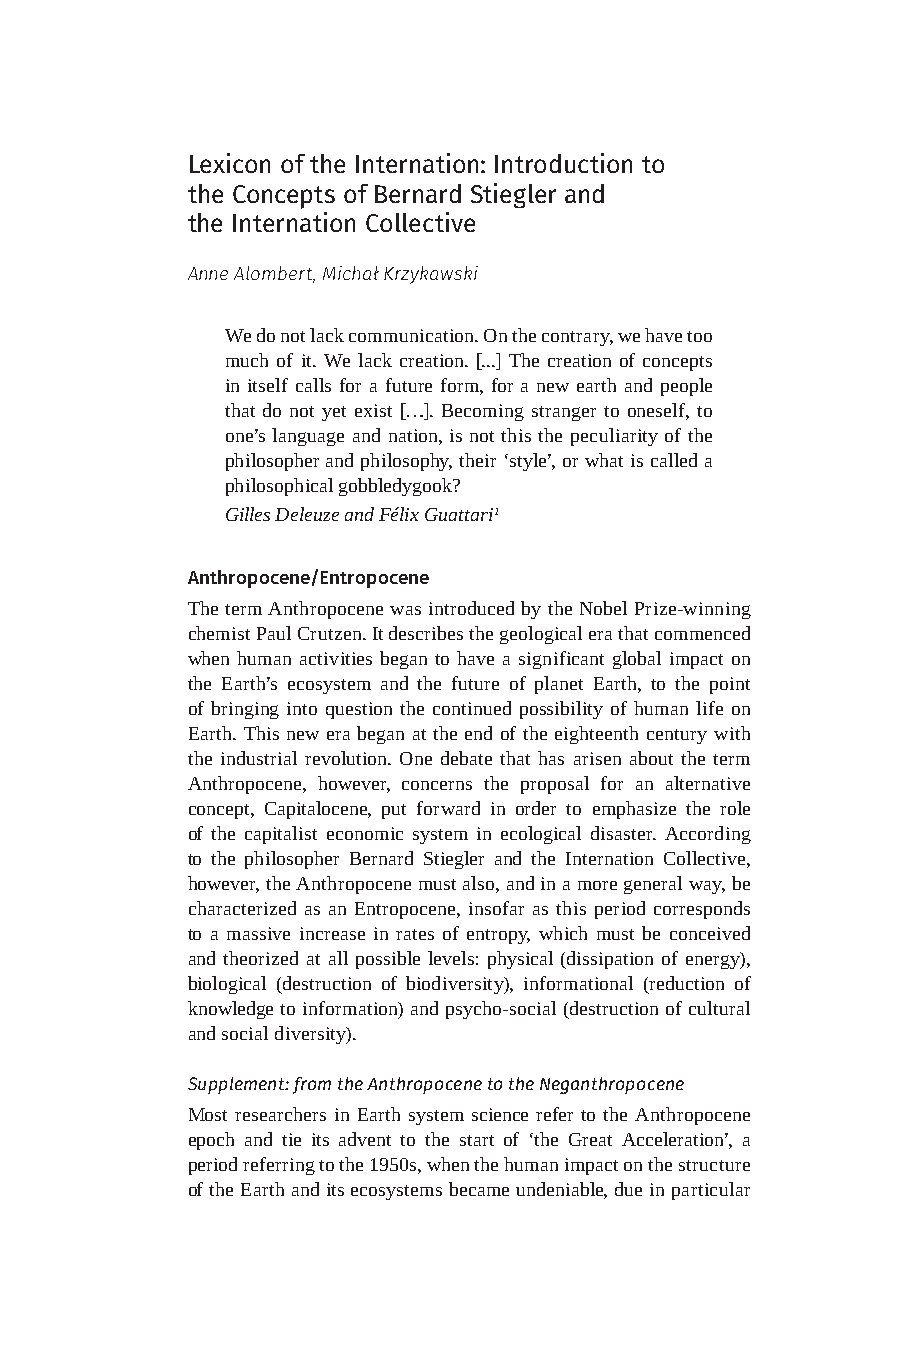
Lexicon of the Internation: Introduction to
 the Concepts of Bernard Stiegler and
 the Internation Collective
 Anne Alombert, Michał Krzykawski
 We do not lack communication. On the contrary, we have too
 much of it. We lack creation. [...] The creation of concepts
 in itself calls for a future form, for a new earth and people
 that do not yet exist […]. Becoming stranger to oneself, to
 one’s language and nation, is not this the peculiarity of the
 philosopher and philosophy, their ‘style’, or what is called a
 philosophical gobbledygook?
 Gilles Deleuze and Félix Guattari1
 Anthropocene/Entropocene
 The term Anthropocene was introduced by the Nobel Prize-winning
 chemist Paul Crutzen. It describes the geological era that commenced
 when human activities began to have a significant global impact on
 the Earth’s ecosystem and the future of planet Earth, to the point
 of bringing into question the continued possibility of human life on
 Earth. This new era began at the end of the eighteenth century with
 the industrial revolution. One debate that has arisen about the term
 Anthropocene, however, concerns the proposal for an alternative
 concept, Capitalocene, put forward in order to emphasize the role
 of the capitalist economic system in ecological disaster. According
 to the philosopher Bernard Stiegler and the Internation Collective,
 however, the Anthropocene must also, and in a more general way, be
 characterized as an Entropocene, insofar as this period corresponds
 to a massive increase in rates of entropy, which must be conceived
 and theorized at all possible levels: physical (dissipation of energy),
 biological (destruction of biodiversity), informational (reduction of
 knowledge to information) and psycho-social (destruction of cultural
 and social diversity).
 Supplement: from the Anthropocene to the Neganthropocene
 Most researchers in Earth system science refer to the Anthropocene
 epoch and tie its advent to the start of ‘the Great Acceleration’, a
 period referring to the 1950s, when the human impact on the structure
 of the Earth and its ecosystems became undeniable, due in particular